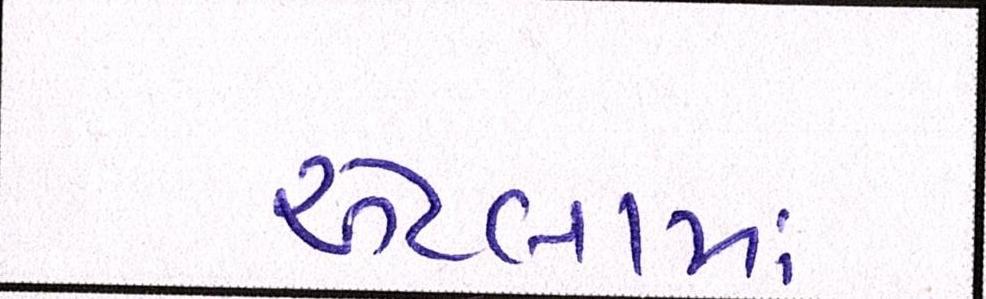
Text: એટલામાં